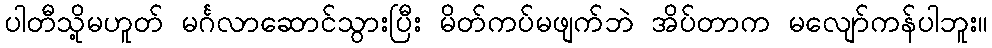
ပါတီသို့မဟူတ် မင်္ဂလာဆောင်သွားပြီး မိတ်ကပ်မဖျက်ဘဲ အိပ်တာက မလျော်ကန်ပါဘူး။